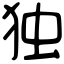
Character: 独